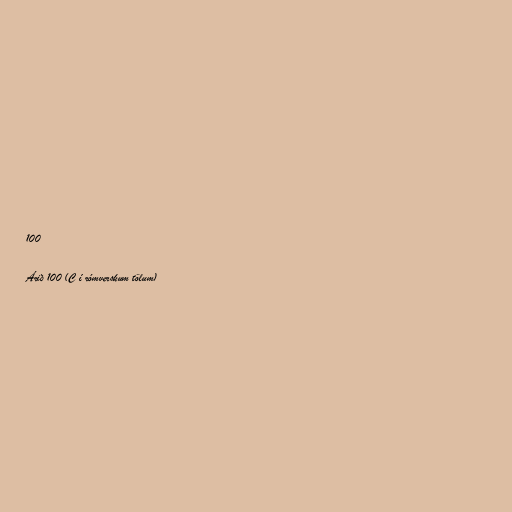
100

Árið 100 (C í rómverskum tölum)